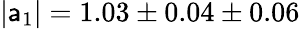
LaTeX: |\mathsf{a}_{1}|=1.03\pm0.04\pm0.06